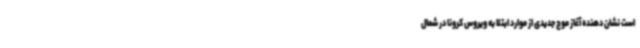
است نشان دهنده آغاز موج جدیدی از موارد ابتلا به ویروس کرونا در شمال